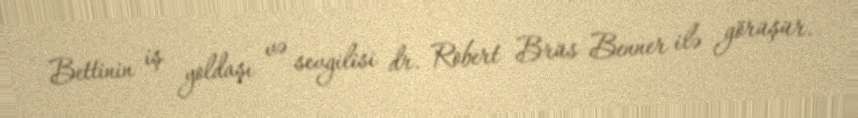
Bettinin iş yoldaşı və sevgilisi dr. Robert Brüs Benner ilə görüşür.